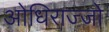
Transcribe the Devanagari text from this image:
ओधिराज्जो